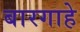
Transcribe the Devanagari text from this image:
बारगाहे